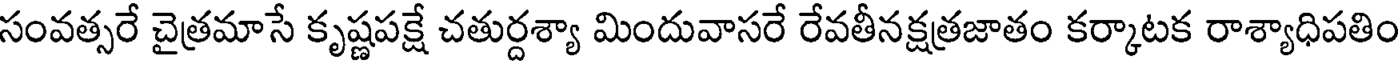
సంవత్సరే చైత్రమాసే కృష్ణపక్షే చతుర్దశ్యా మిందువాసరే రేవతీనక్షత్రజాతం కర్కాటక రాశ్యాధిపతిం